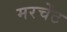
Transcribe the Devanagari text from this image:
मरचेंट